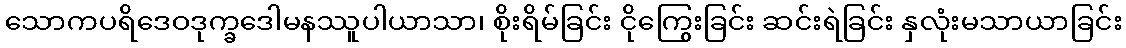
သောကပရိဒေဝဒုက္ခဒေါမနဿူပါယာသာ၊ စိုးရိမ်ခြင်း ငိုကြွေးခြင်း ဆင်းရဲခြင်း နှလုံးမသာယာခြင်း